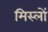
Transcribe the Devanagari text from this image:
मिस्लों